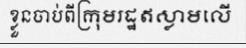
ខ្លួនចាប់ពីក្រុមរដ្ឋឥស្លាមលើ